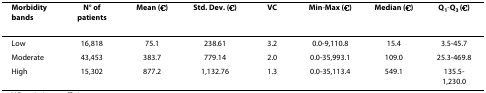
| Morbidity bands | N° of patients | Mean (€) | Std. Dev. (€) | VC | Min-Max (€) | Median (€) | Q1-Q3 (€) |
 | --- | --- | --- | --- | --- | --- | --- | --- |
 | Low | 16,818 | 75.1 | 238.61 | 3.2 | 0.0-9,110.8 | 15.4 | 3.5-45.7 |
 | Moderate | 43,453 | 383.7 | 779.14 | 2.0 | 0.0-35,993.1 | 109.0 | 25.3-469.8 |
 | High | 15,302 | 877.2 | 1,132.76 | 1.3 | 0.0-35,113.4 | 549.1 | 135.5-1,230.0 |